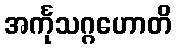
အင်္ကုသဂ္ဂဟောတိ